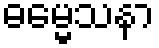
ဓမ္မေသနာ